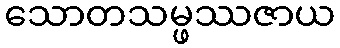
သောတသမ္ဖဿဇာယ